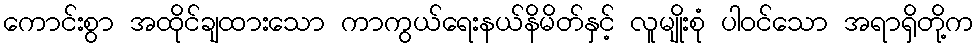
ကောင်းစွာ အထိုင်ချထားသော ကာကွယ်ရေးနယ်နိမိတ်နှင့် လူမျိုးစုံ ပါဝင်သော အရာရှိတို့က